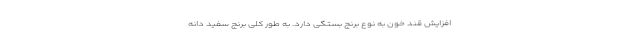
افزایش قند خون به نوع برنج بستگی دارد. به طور کلی برنج سفید دانه